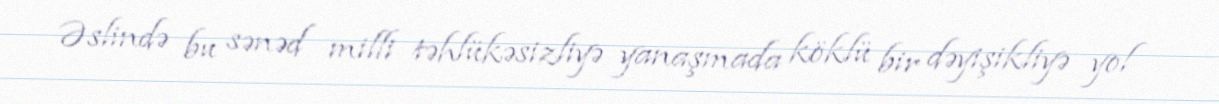
Əslində bu sənəd milli təhlükəsizliyə yanaşmada köklü bir dəyişikliyə yol